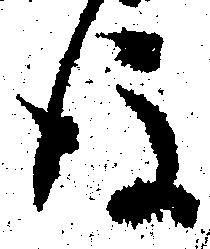
後